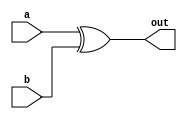
module XOR_Delay(
    input wire a,
    input wire b,
    output reg out
);

reg delay;

always @(a or b)
begin
    delay <= a ^ b;
    out <= delay;
end

endmodule